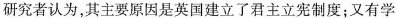
研究者认为，其主要原因是英国建立了君主立宪制度；又有学